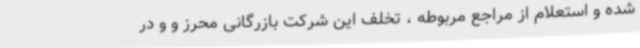
شده و استعلام از مراجع مربوطه ، تخلف این شرکت بازرگانی محرز و و در